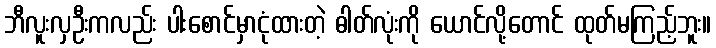
ဘီလူးလှဦးကလည်း ပါးစောင်မှာငုံထားတဲ့ ဓါတ်လုံးကို ယောင်လို့တောင် ထုတ်မကြည့်ဘူး။